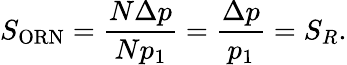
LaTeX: S_{\mathrm{ORN}}=\frac{N\Delta p}{Np_{1}}=\frac{\Delta p}{p_{1}}=S_{R}.